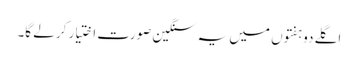
اگلے دو ہفتوں میں یہ سنگین صورت اختیار کر لے گا۔